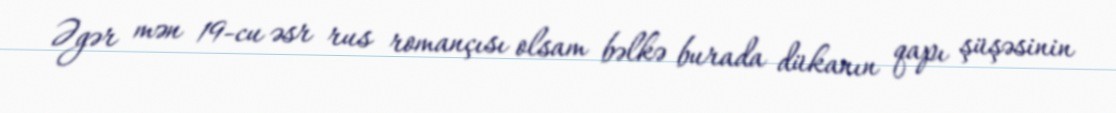
Əgər mən 19-cu əsr rus romançısı olsam bəlkə burada dükanın qapı şüşəsinin